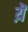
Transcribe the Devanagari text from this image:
य़ॆ